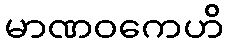
မာဏဝကေဟိ